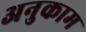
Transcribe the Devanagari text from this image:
अनुकाम